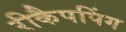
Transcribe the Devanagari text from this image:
रीकैपपिंग